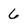
Character: 6